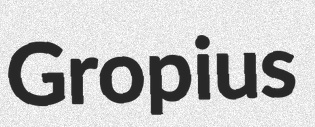
Gropius